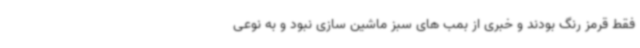
فقط قرمز رنگ بودند و خبری از بمب های سبز ماشین سازی نبود و به نوعی